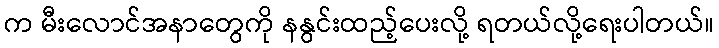
က မီးလောင်အနာတွေကို နနွင်းထည့်ပေးလို့ ရတယ်လို့ရေးပါတယ်။